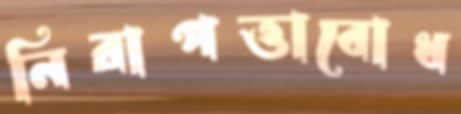
নিরাপত্তাবোধ